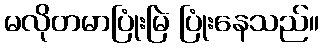
မလိုတမာပြုံးမြဲ ပြုံးနေသည်။